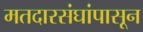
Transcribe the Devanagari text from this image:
मतदारसंघांपासून